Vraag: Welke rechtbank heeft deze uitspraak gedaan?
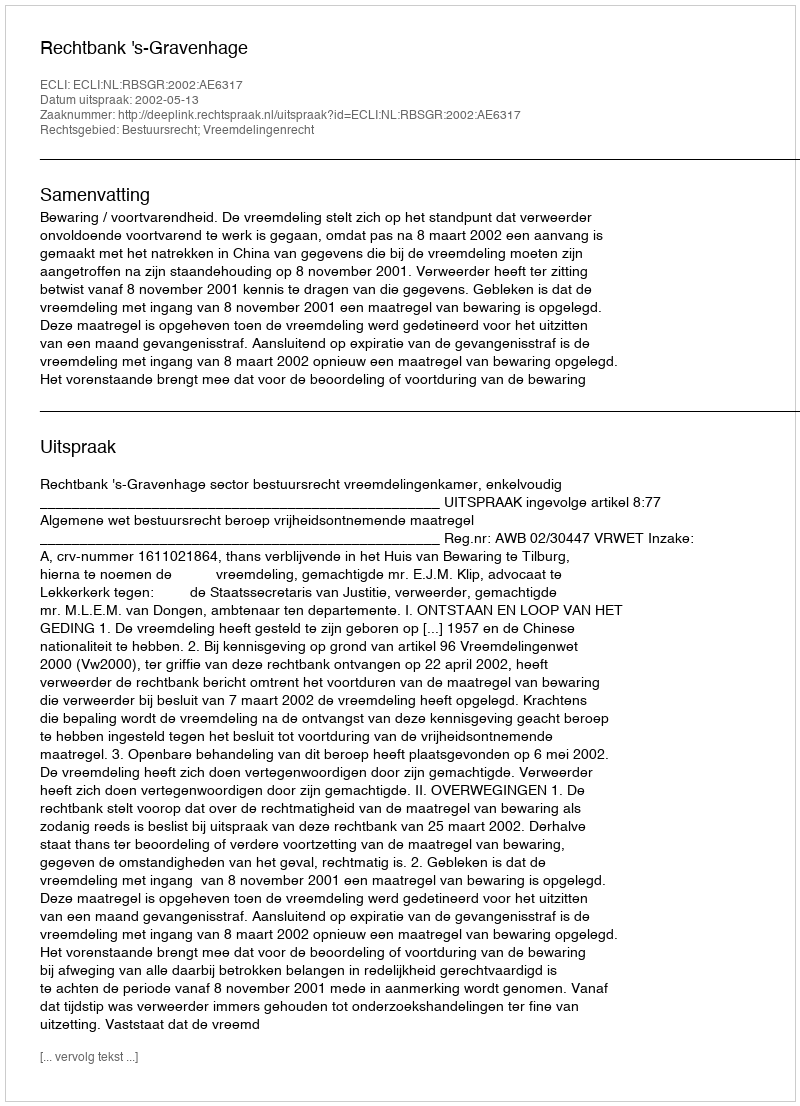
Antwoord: Rechtbank 's-Gravenhage